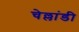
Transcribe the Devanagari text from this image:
चेल्लांडी